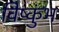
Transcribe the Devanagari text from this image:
विष्कुंभ